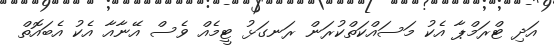
އަދި ޓްރަމްޕާ އެކު މަސައްކަތްކުރަން ރަނގަޅު ޓީމެއް ވެސް އޭނާއާ އެކު އެބައޮތް